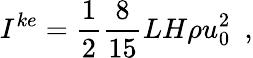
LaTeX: I^{ke}={\frac{1}{2}}{\frac{8}{15}}LH\rho u_{0}^{2}~~,